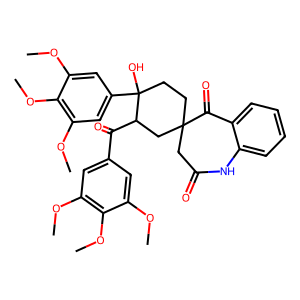
SMILES: COc1cc(C(=O)C2CC3(CCC2(O)c2cc(OC)c(OC)c(OC)c2)CC(=O)Nc2ccccc2C3=O)cc(OC)c1OC
Inhibits HIV replication: No